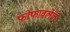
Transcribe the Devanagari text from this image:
फोफावलेलं